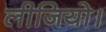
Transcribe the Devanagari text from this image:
लीजियो।